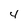
Character: 4